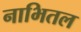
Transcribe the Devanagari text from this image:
नाभितल